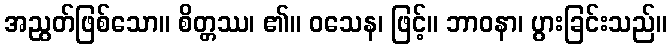
အညွတ်ဖြစ်သော။ စိတ္တဿ၊ ၏။ ဝသေန၊ ဖြင့်။ ဘာဝနာ၊ ပွားခြင်းသည်။